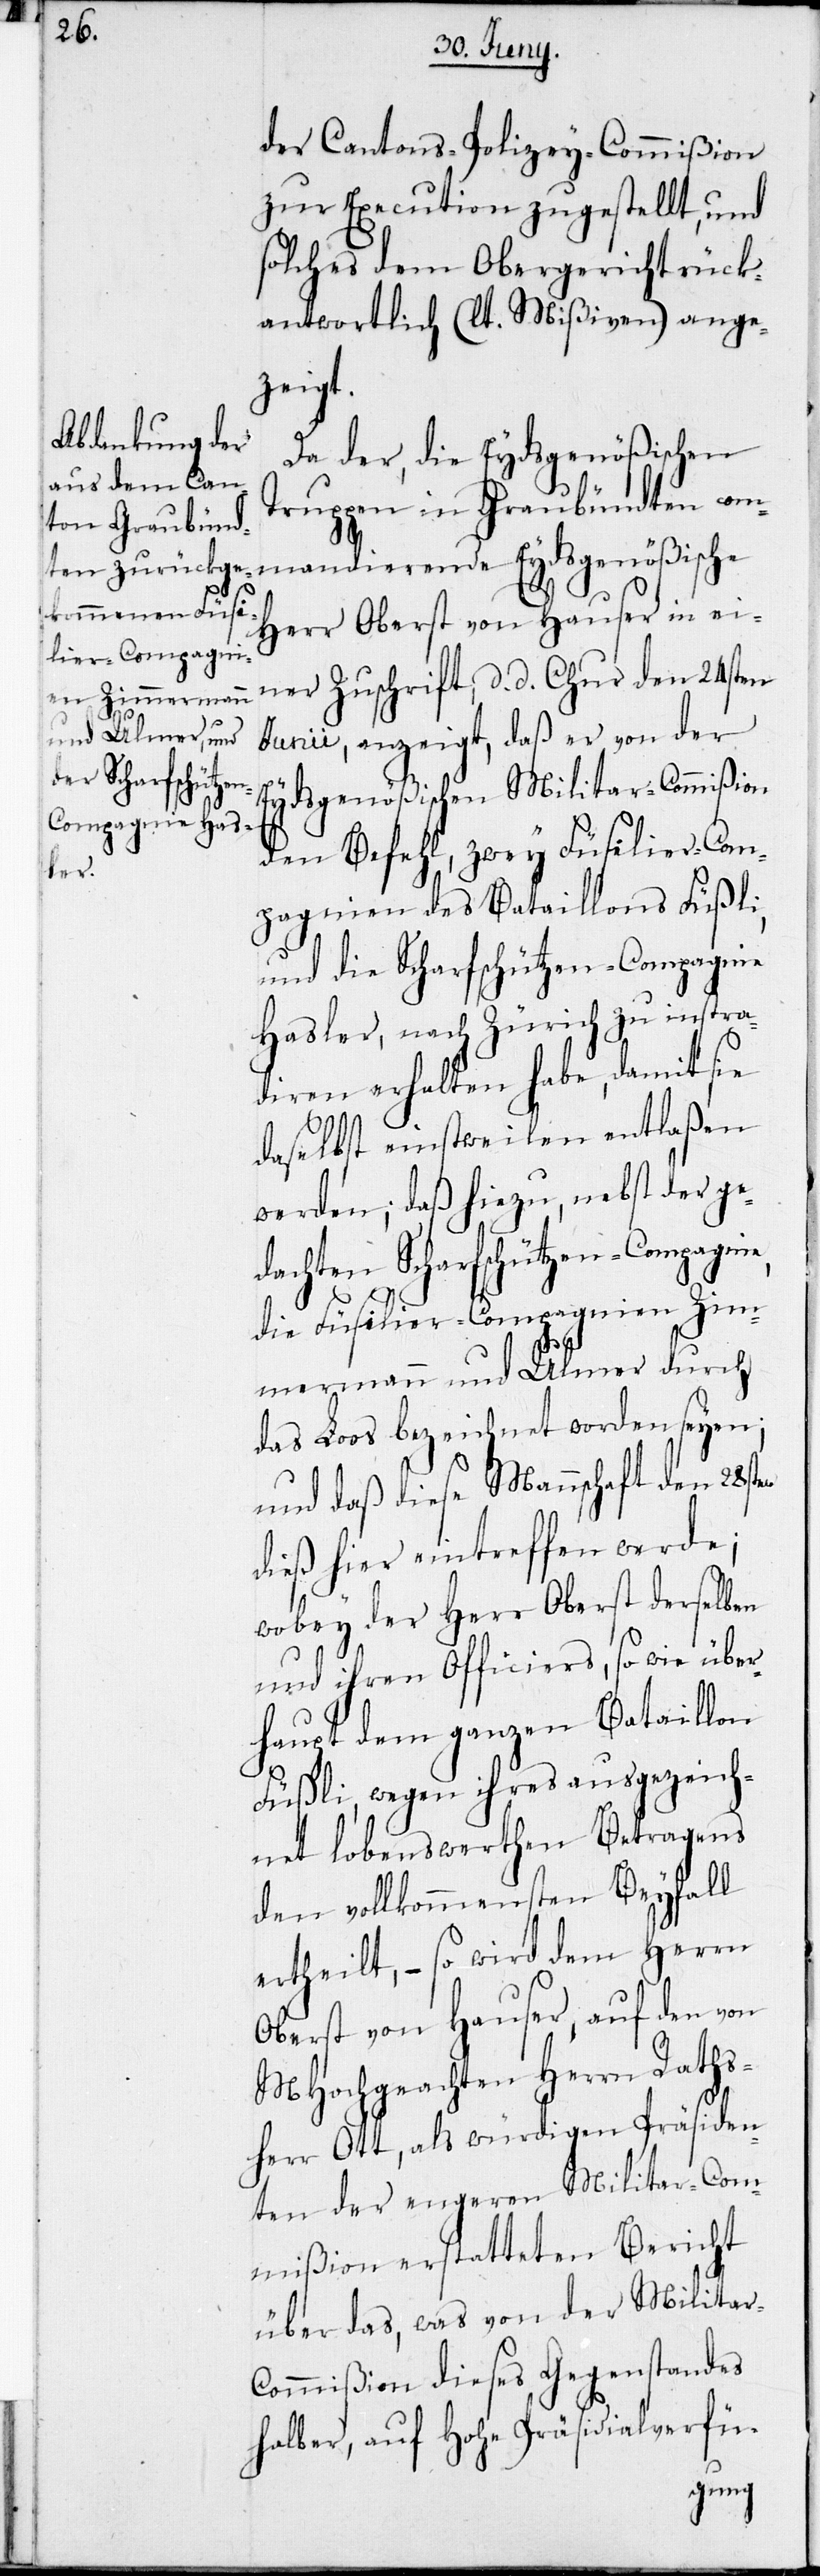
der Cantons-Polizey-Commißion
zur Execution zugestellt, und
solches dem Obergericht rück¬
antwortlich (lt. Mißiven) ange¬
zeigt.
Da der, die Eydsgenößischen
Truppen in Graubündten com¬
mandierende Eydsgenößische
Herr Oberst von Hauser in ei¬
ner Zuschrift, d. d. Chur den 24sten
Junii, anzeigt, daß er von der
Eydsgenößischen Militar-Commißion
den Befehl, zwey Füsilier-Com¬
pagnien des Bataillons Füßli,
und die Scharfschützen-Compagnie
Hasler, nach Zürich zu instra¬
diren erhalten habe, damit sie
daselbst einstweilen entlaßen
werden; daß hiezu, nebst der ge¬
dachten Scharfschützen-Compagnie,
die Füsilier-Compagnien Zim¬
mermann und Ulmer durch
das Loos bezeichnet worden seyen;
und daß diese Mannschaft den 28sten
dieß hier eintreffen werde;
wobey der Herr Oberst derselben
und ihren Officiers, sowie über¬
haupt dem ganzen Bataillon
Füßli, wegen ihres ausgezeich¬
net lobenswerthen Betragens
den vollkommensten Beyfall
ertheilt, – so wird dem Herrn
Oberst von Hauser, auf den von
MHochgeachten Herrn Raths¬
herr Ott, als würdigen Präsiden¬
ten der engeren Militar-Com¬
mißion erstatteten Bericht
über das, was von der Militar-C¬
ommißion dieses Gegenstandes
halber, auf Hohe Präsidialverfü-